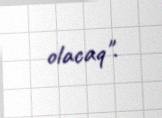
olacaq".